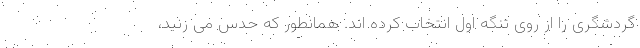
گردشگری را از روی تنگه اول انتخاب کرده اند. همانطور که حدس می زنید،